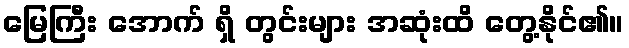
မြေကြီး အောက် ရှိ တွင်းများ အဆုံးထိ တွေ့နိုင်၏။